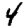
Digit: 4